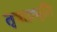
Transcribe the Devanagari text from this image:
तृषाप्रभृति